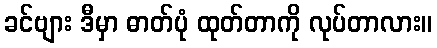
ခင်ဗျား ဒီမှာ ဓာတ်ပုံ ထုတ်တာကို လုပ်တာလား။